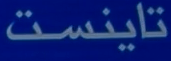
تایینست